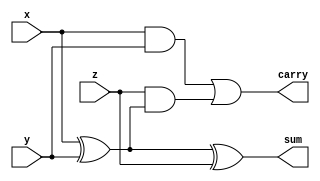
module full_adder
(
	x,
	y,
	z,
	sum,
	carry
);

	input x;
	input y;
	input z;
	output sum;
	output carry;

	assign sum = x ^ y ^ z;
	assign carry = (x & y) | (z & (x ^ y));

endmodule

module half_adder
(
	x,
	y,
	sum,
	carry
);

	input x;
	input y;
	output sum;
	output carry;

	assign sum = x ^ y;
	assign carry = x & y;

endmodule

// 4 bit binary adder
module alt_binary_adder
(
	A,
	B,
	sum,
);
	
	input [3:0] A;
	input [3:0] B;
	output [3:0] sum;

	wire carry_out;
	wire [3:0] carry;

	genvar i;
	generate
	for(i=0; i<4; i=i+1)
	begin: generate_4_bit_adder
		if(i == 0)
			half_adder f(.x(A[0]), .y(B[0]), .sum(sum[0]), .carry(carry[0]));
		else
			full_adder f(.x(A[i]), .y(B[i]), .z(carry[i-1]), .sum(sum[i]), .carry(carry[i]));
	end
	assign carry_out = carry[3];
	endgenerate
endmodule